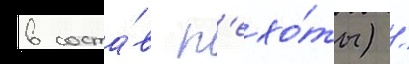
в соста́в п'ехо́ты) /